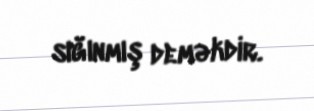
sığınmış deməkdir.